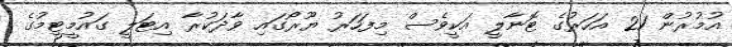
އުމުރުން 21 އަހަރުގެ ޓޮނާލީ އަކީވެސް މިފަހަރު ޔޫރޯގައި ވާދަކުރާ އިޓަލީ ގައުމީޓީމުގެ